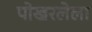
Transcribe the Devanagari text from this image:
पोखरलेला